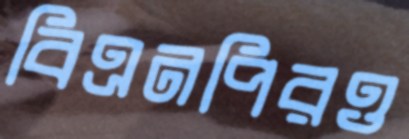
বিএনপিরও